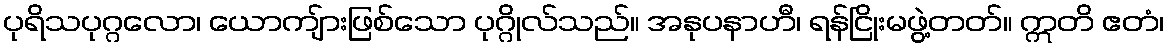
ပုရိသပုဂ္ဂလော၊ ယောကျ်ားဖြစ်သော ပုဂ္ဂိုလ်သည်။ အနုပနာဟီ၊ ရန်ငြိုးမဖွဲ့တတ်။ ဣတိ ဧတံ၊